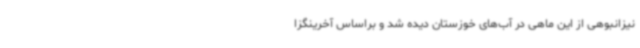
نیزانبوهی از این ماهی در آب‌های خوزستان دیده شد و براساس آخرینگزا